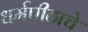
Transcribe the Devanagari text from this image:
धर्मपीठाचे